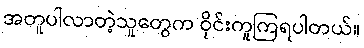
အတူပါလာတဲ့သူတွေက ဝိုင်းကူကြရပါတယ်။